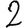
Digit: 2